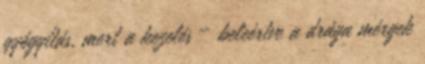
gyógyítás, mert a kezelés – beleértve a drága mérgek